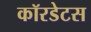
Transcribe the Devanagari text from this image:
कॉरडेटस